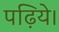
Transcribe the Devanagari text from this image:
पढ़िये।